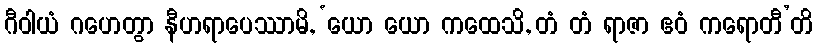
ဂီဝါယံ ဂဟေတွာ နီဟရာပေဿာမိ, ‘ယော ယော ကထေသိ, တံ တံ ရာဇာ ဧဝံ ကရောတီ’တိ